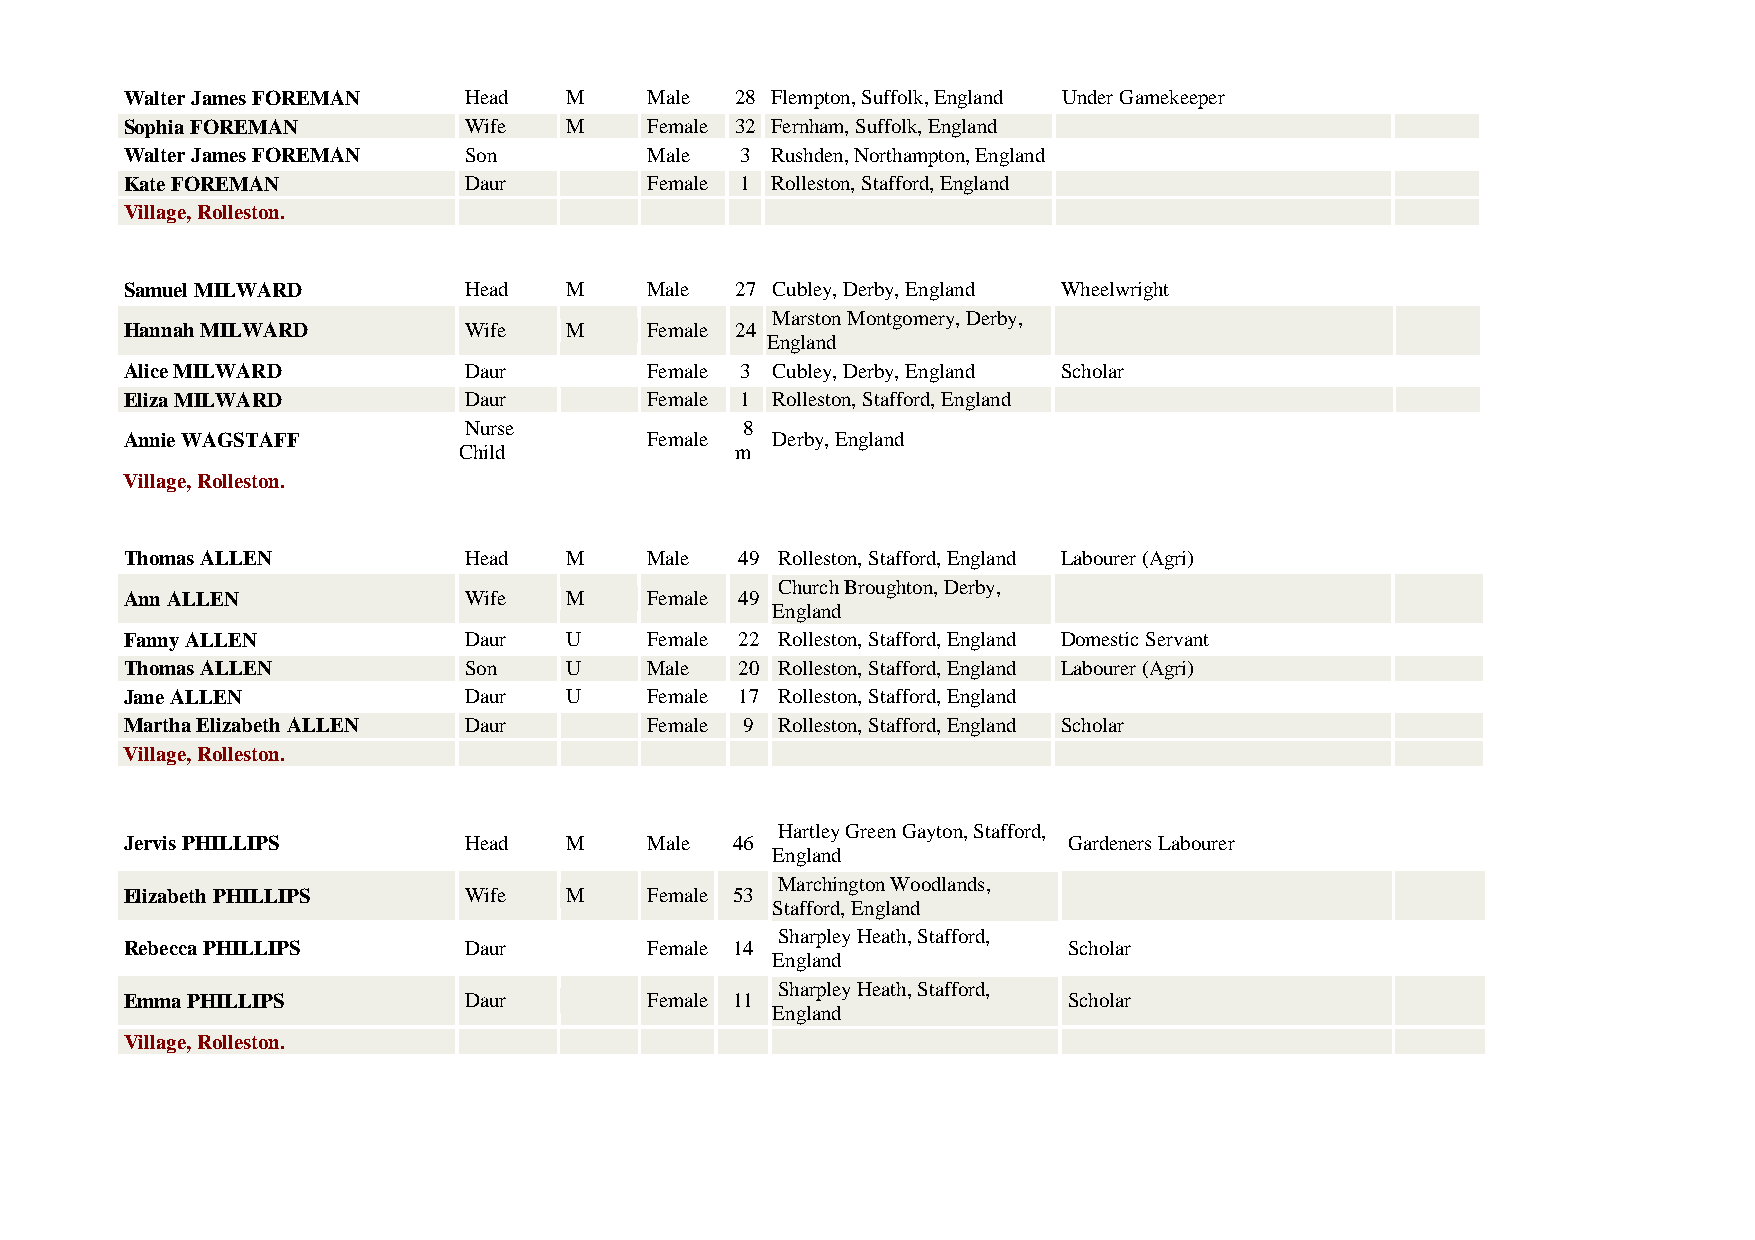
Walter James FOREMAN   Head  M     Male  28 Flempton, Suffolk, England Under Gamekeeper
 Sophia FOREMAN         Wife  M     Female 32 Fernham, Suffolk, England
 Walter James FOREMAN   Son         Male  3 Rushden, Northampton, England
 Kate FOREMAN           Daur        Female 1 Rolleston, Stafford, England
 Village, Rolleston.
 Samuel MILWARD         Head  M     Male  27 Cubley, Derby, England Wheelwright
 Marston Montgomery, Derby,
 Hannah MILWARD         Wife  M     Female 24
 England
 Alice MILWARD          Daur        Female 3 Cubley, Derby, England Scholar
 Eliza MILWARD          Daur        Female 1 Rolleston, Stafford, England
 Nurse             8
 Annie WAGSTAFF                     Female  Derby, England
 Child              m
 Village, Rolleston.
 Thomas ALLEN           Head  M     Male  49 Rolleston, Stafford, England Labourer (Agri)
 Church Broughton, Derby,
 Ann ALLEN              Wife  M     Female 49
 England
 Fanny ALLEN            Daur  U     Female 22 Rolleston, Stafford, England Domestic Servant
 Thomas ALLEN           Son   U     Male  20 Rolleston, Stafford, England Labourer (Agri)
 Jane ALLEN             Daur  U     Female 17 Rolleston, Stafford, England
 Martha Elizabeth ALLEN Daur        Female 9 Rolleston, Stafford, England Scholar
 Village, Rolleston.
 Hartley Green Gayton, Stafford,
 Jervis PHILLIPS        Head  M     Male 46                     Gardeners Labourer
 England
 Marchington Woodlands,
 Elizabeth PHILLIPS     Wife  M     Female 53
 Stafford, England
 Sharpley Heath, Stafford,
 Rebecca PHILLIPS       Daur        Female 14                   Scholar
 England
 Sharpley Heath, Stafford,
 Emma PHILLIPS          Daur        Female 11                   Scholar
 England
 Village, Rolleston.